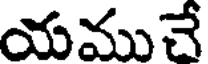
యముచే